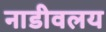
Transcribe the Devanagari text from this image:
नाडीवलय